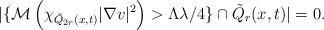
LaTeX: \begin{align*} |\{\mathcal{M}\left(\chi_{\tilde{Q}_{2r}(x,t)}|\nabla v|^2\right)>\Lambda\lambda/4\}\cap \tilde{Q}_r(x,t)|=0. \end{align*}